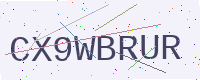
Text: CX9WBRUR